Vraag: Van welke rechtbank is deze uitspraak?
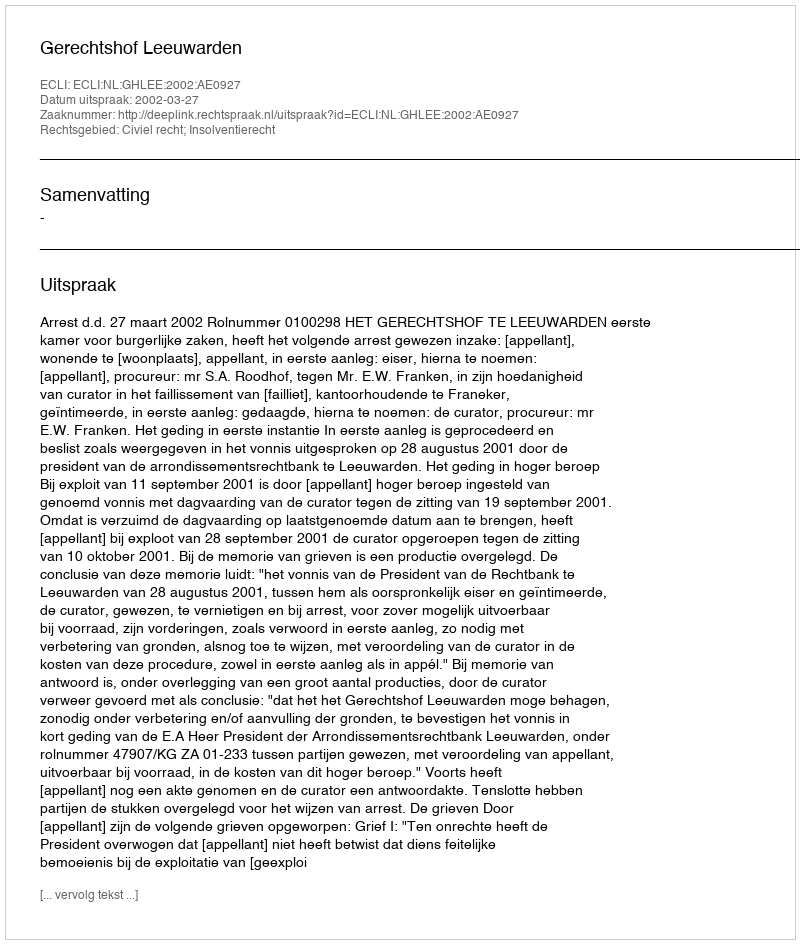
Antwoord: Gerechtshof Leeuwarden